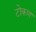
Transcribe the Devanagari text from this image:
टोकण